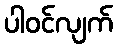
ပါဝင်လျက်